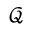
\mathcal { Q }